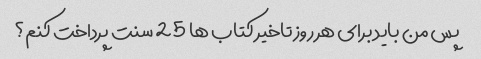
پس من باید برای هر روز تاخیر کتاب ها 25 سنت پرداخت کنم؟